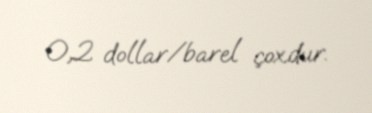
0,2 dollar/barel çoxdur.